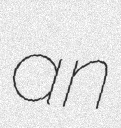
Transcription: an